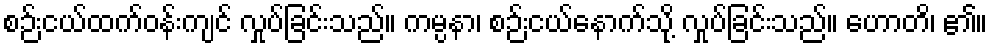
စဉ်းငယ်ထက်ဝန်းကျင် လှုပ်ခြင်းသည်။ ကမ္ပနာ၊ စဉ်းငယ်နောက်သို့ လှုပ်ခြင်းသည်။ ဟောတိ၊ ၏။